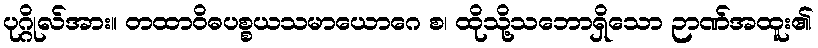
ပုဂ္ဂိုလ်အား။ တထာဝိဓပစ္စယသမာယောဂေ စ၊ ထိုသို့သဘောရှိသော ဉာဏ်အထူး၏